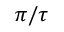
\pi / \tau